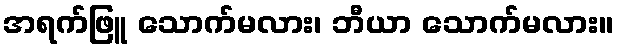
အရက်ဖြူ သောက်မလား၊ ဘီယာ သောက်မလား။